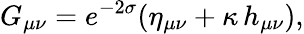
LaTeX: G_{\mu\nu}=e^{-2\sigma}(\eta_{\mu\nu}+\kappa\, h_{\mu\nu}),